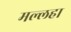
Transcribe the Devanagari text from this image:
मल्लहा